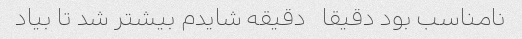
نامناسب بود دقیقا   دقیقه شایدم بیشتر شد تا بیاد